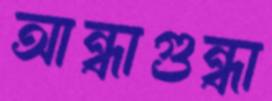
আন্ধাগুন্ধা